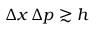
\Delta x \, \Delta p \gtrsim h